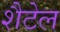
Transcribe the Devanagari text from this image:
शैटेल